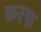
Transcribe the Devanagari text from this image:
करफ